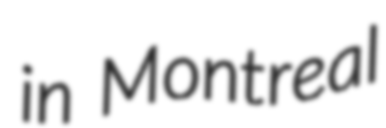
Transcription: in Montreal